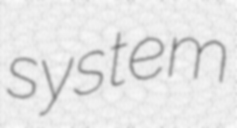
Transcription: system